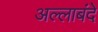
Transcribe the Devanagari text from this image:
अल्लाबंदे